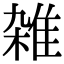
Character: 雑